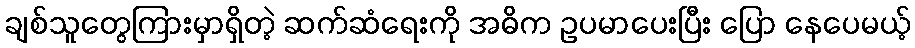
ချစ်သူတွေကြားမှာရှိတဲ့ ဆက်ဆံရေးကို အဓိက ဥပမာပေးပြီး ပြော နေပေမယ့်